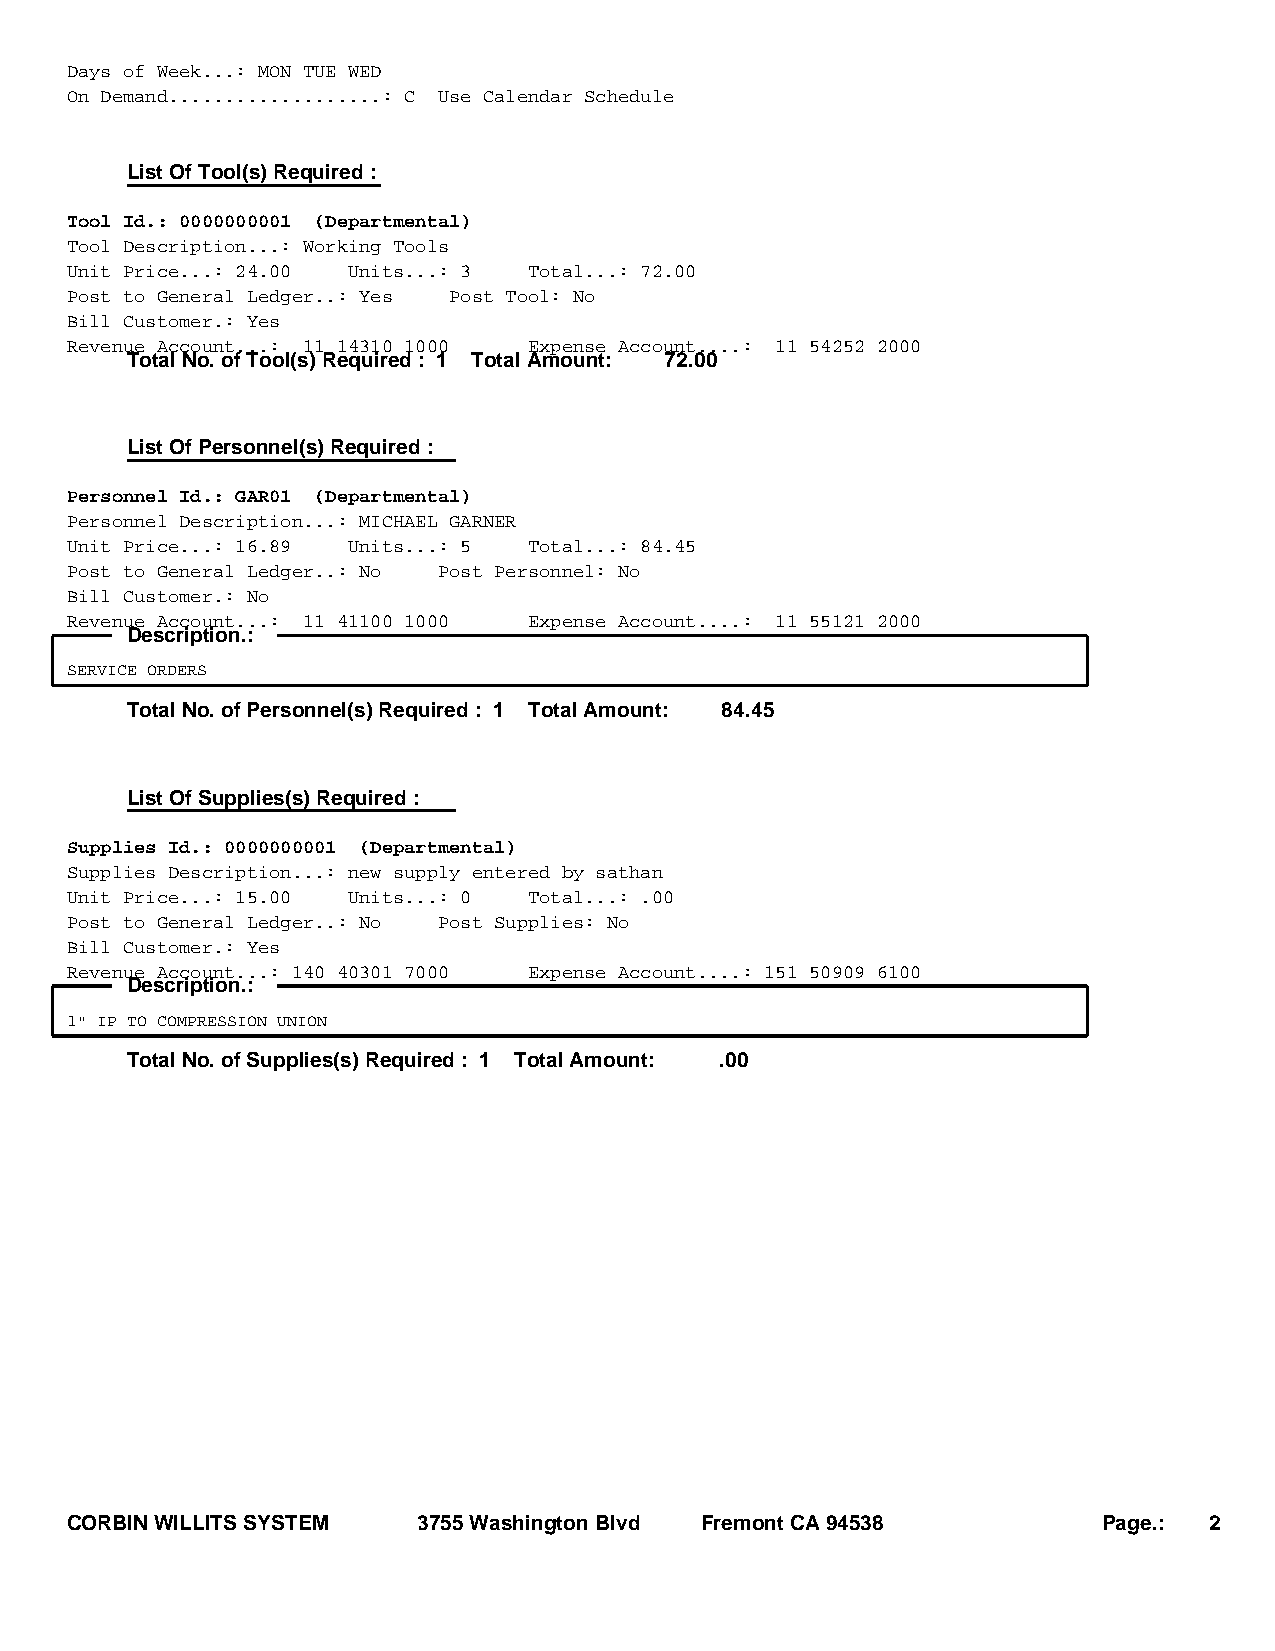
Days of Week...: MON TUE WED
 On Demand...................: C Use Calendar Schedule
 List Of Tool(s) Required :
 Tool Id.: 0000000001 (Departmental)
 Tool Description...: Working Tools
 Unit Price...: 24.00 Units...: 3 Total...: 72.00
 Post to General Ledger..: Yes Post Tool: No
 Bill Customer.: Yes
 Revenue Account...: 11 14310 1000 Expense Account....: 11 54252 2000
 Total No. of Tool(s) Required : 1 Total Amount: 72.00
 List Of Personnel(s) Required :
 Personnel Id.: GAR01 (Departmental)
 Personnel Description...: MICHAEL GARNER
 Unit Price...: 16.89 Units...: 5 Total...: 84.45
 Post to General Ledger..: No Post Personnel: No
 Bill Customer.: No
 Revenue Account...: 11 41100 1000 Expense Account....: 11 55121 2000
 Description.:
 SERVICE ORDERS
 Total No. of Personnel(s) Required : 1 Total Amount: 84.45
 List Of Supplies(s) Required :
 Supplies Id.: 0000000001 (Departmental)
 Supplies Description...: new supply entered by sathan
 Unit Price...: 15.00 Units...: 0 Total...: .00
 Post to General Ledger..: No Post Supplies: No
 Bill Customer.: Yes
 Revenue Account...: 140 40301 7000 Expense Account....: 151 50909 6100
 Description.:
 1" IP TO COMPRESSION UNION
 Total No. of Supplies(s) Required : 1 Total Amount: .00
 CORBIN WILLITS SYSTEM  ,3755 Washington Blvd ,Fremont CA 94538       Page.: 2